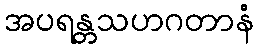
အပရန္တသဟဂတာနံ